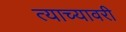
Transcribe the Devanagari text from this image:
त्याच्यावरी